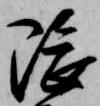
隈